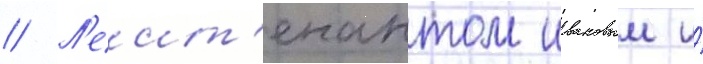
// Л'еит'енантом ивановым и́